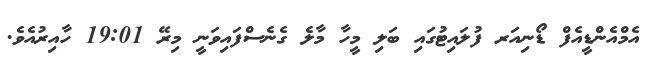
އެމްއެންޑީއެފް ޑޯނިއަރ ފުލައިޓުގައި ބަލި މީހާ މާލެ ގެނެސްފައިވަނީ މިރޭ 19:01 ހާއިރުއެވެ.